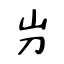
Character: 屶